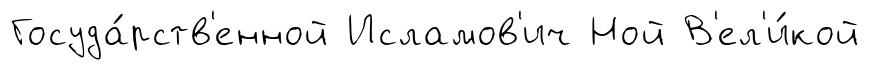
Госуда́рств'енной Исламов'ич Ной В'ел'и́кой